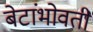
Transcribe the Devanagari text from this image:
बेटांभोवती